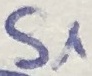
Text: S1